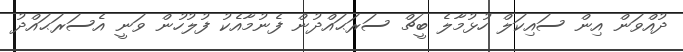
ދުއްވަން އިން ސައިކަލް ހުޅުމާލެ ބީޗް ސަރަޙައްދުން ފެނުމާއެކު ފުލުހުން ވަނީ އެސަރަޙައްދު